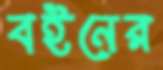
বইনের